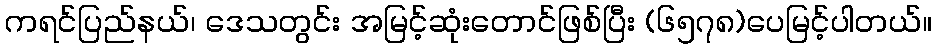
ကရင်ပြည်နယ်၊ ဒေသတွင်း အမြင့်ဆုံးတောင်ဖြစ်ပြီး (၆၅၇၈)ပေမြင့်ပါတယ်။